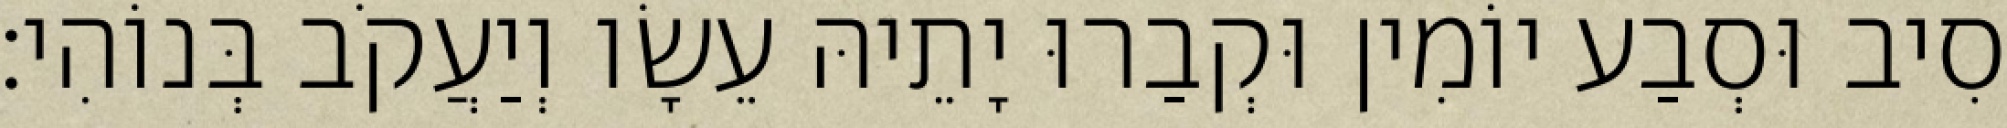
סִיב וּסְבַע יוֹמִין וּקְבַרוּ יָתֵיהּ עֵשָׂו וְיַעֲקֹב בְּנוֹהִי׃